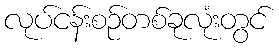
လုပ်ငန်းစဉ်တစ်ခုလုံးတွင်